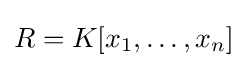
R=K[x_{1},\dots ,x_{n}]